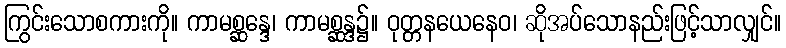
ကြွင်းသောစကားကို။ ကာမစ္ဆန္ဒေ၊ ကာမစ္ဆန္ဒ၌။ ဝုတ္တနယေနေဝ၊ ဆိုအပ်သောနည်းဖြင့်သာလျှင်။